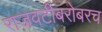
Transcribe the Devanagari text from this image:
राजवटीबरोबरच